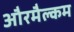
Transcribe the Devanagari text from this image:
औरमैल्कम